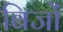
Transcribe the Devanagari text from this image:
बिजों